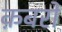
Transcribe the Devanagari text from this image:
क़बरों